Annual statistical returns and brief notes on vaccination in Bengal - 1909-1929
Year: 1909
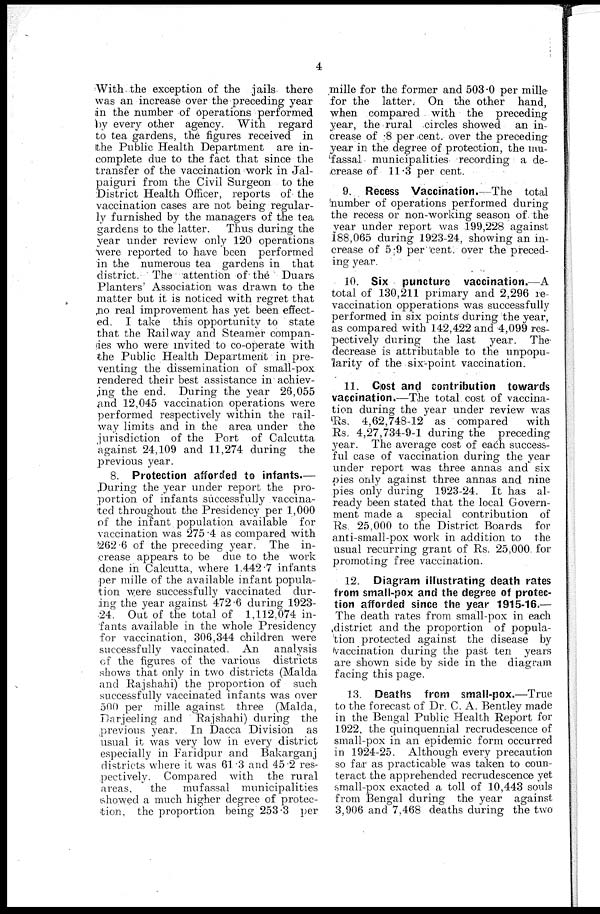
4
With the exception of the jails there
was an increase over the preceding year
in the number of operations performed
by every other agency. With regard
to tea gardens, the figures received in
the Public Health Department are in-
complete due to the fact that since the
transfer of the vaccination work in Jal-
paiguri from the Civil Surgeon to the
District Health Officer, reports of the
vaccination cases are not being regular-
ly furnished by the managers of the tea
gardens to the latter. Thus during the
year under review only 120 operations
were reported to have been performed
in the numerous tea gardens in that
district. The attention of the Duars
Planters' Association was drawn to the
matter but it is noticed with regret that
no real improvement has yet been effect-
ed. I take this opportunity to state
that the Railway and Steamer compan-
ies who were invited to co-operate with
the Public Health Department in pre-
venting the dissemination of small-pox
rendered their best assistance in achiev-
ing the end. During the year 26,055
and 12,045 vaccination operations were
performed respectively within the rail-
way limits and in the area under the
jurisdiction of the Port of Calcutta
against 24,109 and 11,274 during the
previous year.
8. Protection afforded to infants.—
During the year under report the pro-
portion of infants successfully vaccina-
ted throughout the Presidency per 1,000
of the infant population available for
vaccination was 275.4 as compared with
262.6 of the preceding year. The in-
crease appears to be due to the work
done in Calcutta, where 1,442.7 infants
per mille of the available infant popula-
tion were successfully vaccinated dur-
ing the year against 472.6 during 1923-
24. Out of the total of 1,112,074 in-
fants available in the whole Presidency
for vaccination, 306,344 children were
successfully vaccinated. An analysis
of the figures of the various districts
shows that only in two districts (Malda
and Rajshahi) the proportion of such
successfully vaccinated infants was over
500 per mille against three (Malda,
Darjeeling and Rajshahi) during the
previous year. In Dacca Division as
usual it was very low in every district
especially in Faridpur and Bakarganj
districts where it was 61.3 and 45.2 res-
pectively. Compared with the rural
areas,
the mufassal municipalities
showed a much higher degree of protec-
tion, the proportion being 253.3 per
mille for the former and 503.0 per mille
for the latter. On the other hand,
when compared with the preceding
year, the rural circles showed an in-
crease of .8 per cent. over the preceding
year in the degree of protection, the mu-
fassal municipalities recording a de-
crease of 11.3 per cent.
9. Recess Vaccination.—The total
number of operations performed during
the recess or non-working season of the
year under report was 199,228 against
188,065 during 1923-24, showing an in-
crease of 5.9 per cent. over the preced-
ing year.
10. Six puncture vaccination.—A
total of 130,211 primary and 2,296 re-
vaccination opperations was successfully
performed in six points during the year,
as compared with 142,422 and 4,099 res-
pectively during the last year. The
decrease is attributable to the unpopu-
larity of the six-point vaccination.
11. Cost and contribution towards
vaccination.—The total cost of vaccina-
tion during the year under review was
Rs. 4,62,748-12 as compared
with
Rs. 4,27,734-9-1 during the preceding
year. The average cost of each success-
ful case of vaccination during the year
under report was three annas and six
pies only against three annas and nine
pies only during 1923-24. It has al-
ready been stated that the local Govern-
ment made a special contribution of
Rs. 25,000 to the District Boards for
anti-small-pox work in addition to the
usual recurring grant of Rs. 25,000 for
promoting free vaccination.
12. Diagram illustrating death rates
from small-pox and the degree of protec-
tion afforded since the year 1915-16.—
The death rates from small-pox in each
district and the proportion of popula-
tion protected against the disease by
vaccination during the past ten years
are shown side by side in the diagram
facing this page.
13. Deaths from small-pox.—True
to the forecast of Dr. C. A. Bentley made
in the Bengal Public Health Report for
1922, the quinquennial recrudescence of
small-pox in an epidemic form occurred
in 1924-25. Although every precaution
so far as practicable was taken to coun-
teract the apprehended recrudescence yet
small-pox exacted a toll of 10,443 souls
from Bengal during the year against
3,906 and 7,468 deaths during the two